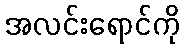
အလင်းရောင်ကို